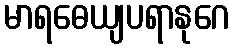
မာရဓေယျပရာနုဂေ